Medical and sanitary report of the native army of Bengal for the year
Year: 1875
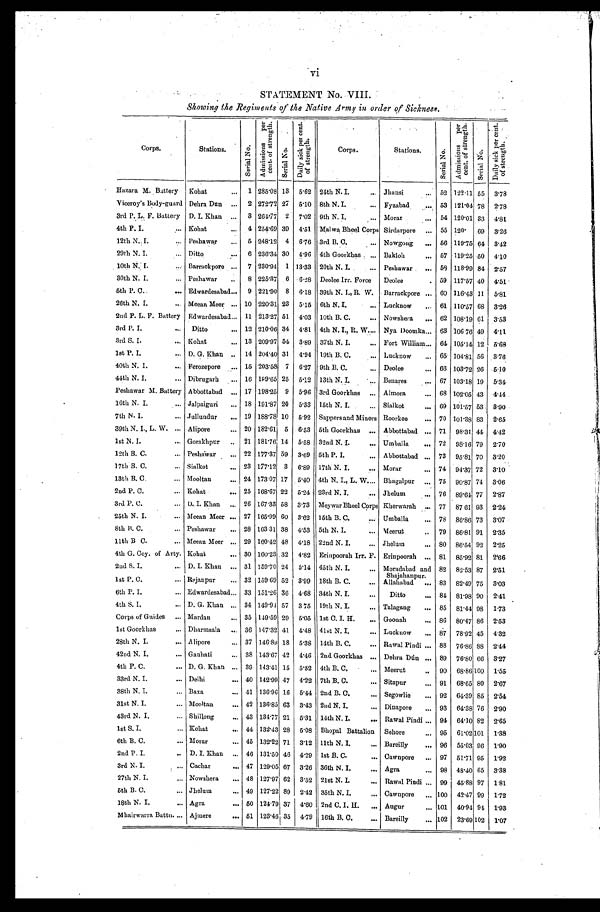
STATEMENT No. VIII.
Showing the Regiments of the Native Army in order of Sickness.
Corps.
Stations.
S e r i a l N o .
Admi s s i ons per
c e nt . of s t r e ngt h.
S e r i a l N o .
D a i l y s i c k p e r c e n t .
o f s t r e n g t h .
Corps.
Stations.
S e r i a l No .
Admi s s i ons pe r
c e n t . o f s t r e n g t h .
Seri al No.
Da i l y s i c k p e r c e n t .
of st rengt h.
Hazara M. Battery Kohat
... 1 285.08 13 5.62 24th N. I.
... Jhansi
... 52 122.11 55 3.78
Viceroy's Body-guard Dehra Dun ... 2 272.72 27 5.10 8th N. I.
... Fyzabad
... 53 121.04 78 2.78
3rd P. L. F. Battery D. I. Khan ... 3 264.77 2 7.02 9th N. I.
... Morar
... 54 120.01 33 4. 81
4th P. I.
... Kohat
... 4 254.69 39 4.51 Malwa Bheel Corps Sirdarpore ... 55 120. 69 3.26
12th. N. I.
... Peshawar
... 5 248.12 4 6.76 3rd B.C.
... Nowgong ... 56 119.75 64 3.42
29th N. I.
... Ditto
... 6 236.34 30 4.96 4th Goorkhas ... Bakloh
... 57 119.25 50 4.10
10th N. I.
... Barrackpore ... 7 230.94 1 13.33 20th N. I. ... Peshawar
... 58 118.99 84 2.57
30th N. I.
... Peshawar
... 8 225.37 6 6.28 Deolee Irr. Force
Deolee
. 59 117.57 40 4.51
5th P. C.
... Edwardesabad ... 9 221.90 8 6.18 39th N. I., R. W. Barrackpore ... 60 116.43 11 5.81
26th N. I.
... Meean Meer ... 10 220.31 23 5.15 6th N. I.
... Lucknow
... 61 110.57 68 3.26
2nd P. L. F. Battery Edwardesabad ... 11 213.27 51 4.03 10th B. C.
... Nowshera
... 62 108.19 61 3.53
3rd P. I.
... Ditto
... 12 210.06 34 4.81 4th N. I., R. W. ... Nya Doomka ... 63 106.76 49 4.11
3rd S. I.
... Kohat
... 13 209.97 54 3.89 37th N. I.
... Fort William ... 64 105.14 12 5.68
1st P. I.
... D. G. Khan .. 14 204.40 31 4.94 19th B. C.
... Lucknow
... 65 104.81 56 3.76
40th N. I.
... Ferozepore ... 15 203.58 7 6.27 9th B. C.
... Deolee
... 66 103.72 26 5.10
44th N. I.
... Dibrugarh
... 16 199.65 25 5.12 13th N. I.
... Benares
... 67 103.18 19 5.34
Peshawar M. Battery Abbottabad ... 17 198.25 9 5.96 3rd Goorkhas ... Almora
... 68 102.05 43 4.44
16th N. I.
... Jalpaiguri
... 18 191.87 20 5.33 15th N. I.
... Sialkot
... 69 101.57 53 3.90
7th N. I.
... Jullundur
... 19 188.78 10 5.92 Sappers and Miners Roorkee
... 70 101.38 83 2.65
39th N. I., L. W. ... Alipore
... 20 182.61 5 6.53 5th Goorkhas ... Abbottabad ... 71 98.31 44 4.42
1st N. I.
... Gorakhpur .. 21 181.76 14 5.58 32nd N. I.
... Umballa
... 72 98.16 79 2.70
12th B. C.
... Peshawar
... 22 177.37 59 3.69 5th P. I.
... Abbottabad ... 73 95.81 70 3.20
17th B. C.
... Sialkot
... 23 177.12 3 6.89 17th N. I.
... Morar
... 74 94.37 72 3.10
13th B. C.
... Mooltan
... 24 173.07 17 5.40 4th N. I., L. W. ... Bhagalpur ... 75 90.87 74 3.06
2nd P. C.
... Kohat
... 25 168.67 22 5.24 23rd N. I.
... Jhelum
... 76 89.64 77 2.87
3rd P. C.
... D. I. Khan ... 26 167.33 58 3.73 Meywar Bheel Corps Kherwarah ... 77 87.61 93 2.24
25th N. I.
... Meean Meer ... 27 165.99 60 3.62 15th B. C.
... Umballa
... 78 86.86 73 3.07
8th B. C.
... Peshawar
... 28 163.31 38
4.53 5th N. I.
... Meerut
.. 79 86.81 91 2.35
11th B C.
... Meean Meer ... 29 160.42 48 4.18 22nd N. I.
... Jhelum
... 80 86.54 92 2.25
4th G. Coy. of Arty. Kohat
... 30 160.23 32 4.82 Erinpoorah Irr. F. Erinpoorah ... 81 85.92 81 2.66
2nd S. I.
... D. I. Khan ... 31 159.70 24 5.14 45th N. I.
... Moradabad and Shajahanpur. 82 82.53 87 2.51
1st P. C.
... Rajanpur
... 32 159.69 52 3.99 18th B. C.
... Allahabad ... 83 82.49 75 3.03
6th P. I.
... Edwardesabad ... 33 151.26 36 4.68 34th N. I.
...
Ditto
... 84 81.98 90 2.41
4th S. I.
... D. G. Khan ... 34 149.94 57 3.75 19th N. I.
... Talagang
... 85 81.44 98 1.73
Corps of Guides ... Mardan
... 35 149.59 29 5.05 1st C. I. H.
... Goonah
... 86 80.47 86 2.53
1st Goorkhas
... Dharmsala ... 36 147.32 41 4.48 41st N. I.
... Lucknow
... 87 78.92 45 4.32
28th N. I.
... Alipore
... 37 146.89 18 5.38 14th B. C.
... Rawal Pindi ... 88 76.86 88 2.44
42nd N. I.
... Gauhati
... 38 143.67 42 4.46 2nd Goorkhas ... Dehra Dún ... 89 76.80 66 3.27
4th P. C.
... D. G. Khan ... 39 143.41 15 5.52 4th B. C.
... Meerut
.. 90 68.86 100 1.55
33rd N. I.
... Delhi
... 40 142.99 47 4.22 7th B. C.
... Sitapur
... 91 68.65 80 2.67
38th N. I.
... Baxa
... 41 136.96 16 5.44 2nd B. C.
... Segowlie
... 92 64.39 85 2.54
31st N. I.
... Mooltan
... 42 136.85 63 3.43 2nd N. I.
... Dinapore
... 93 64.38 76 2.90
43rd N. I.
. . . Shillong
... 43 134.77 21 5.31 14th N. I.
... Rawal Pindi ... 94 64.10 82 2.65
1st S. I.
. . . Kohat
... 44 132.43 28 6.08 Bhopal Battalion Sehore
... 95 61.02 101 1.38
6th B. C.
. . . M o r a r
... 45 132.22 71 3.12 11th N. I.
... Bareilly
... 96 55.03 96 1.90
2nd P. I.
.. D. I. Khan ... 46 131.50 46 4.29 1st B. C.
... Cawnpore ... 97 51.71 95
1.92
3rd N. I.
. . . Cachar
... 47 129.05 67 3.26 36th N. I.
... Agra
... 98 48.40 65 3.38
27th N. I.
. . . Nowshera
... 48 127.97 62 3.52 21st N. I.
... Rawal Pindi ... 99 45.88 97 1.81
5th B. C.
. . . Jhelum
... 49 127.22 89 2.42 35th N. I.
... Cawnpore
. . . 100 42.47 99 1.72
18th N. I.
. . . Agra
... 50 124.79 37 4.60 2nd C. I. H. ... Augur
... 101 40.94 91 1.93
Mhairwarra Battu. . . . Ajmere
... 51 123.46 35 4.79 16th B. C.
... Bareilly
... 102 23.69 102 1.07